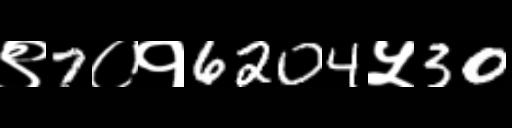
Text: ९7०१6204५30